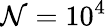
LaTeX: \mathcal{N}=10^{4}